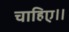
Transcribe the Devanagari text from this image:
चाहिए।।